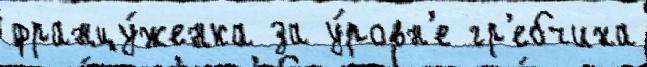
францу́женка за у́ровн'е гр'ебчиха